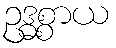
ဥဒ္ဓစ္စာယ